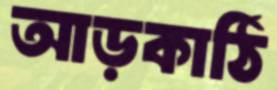
আড়কাঠি